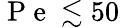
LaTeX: \mathrm{~P~e~}\lesssim 50